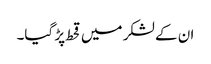
ان کے لشکر میں قحط پڑ گیا۔